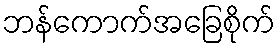
ဘန်ကောက်အခြေစိုက်